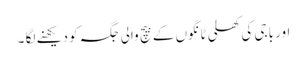
اور باجی کی کھلی ٹانگوں کے بیچ والی جگہ کو دیکھنے لگا ۔